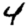
Digit: 4